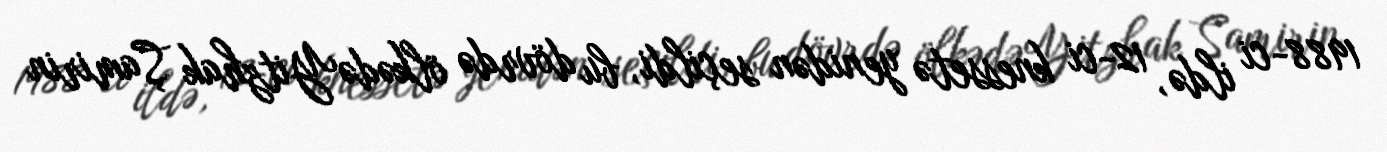
1988-ci ildə, 12-ci knessetə yenidən seçildi, bu dövrdə ölkədə Yitzhak Şamirin